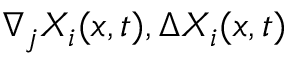
\nabla _ { j } X _ { i } ( x , t ) , \Delta X _ { i } ( x , t )